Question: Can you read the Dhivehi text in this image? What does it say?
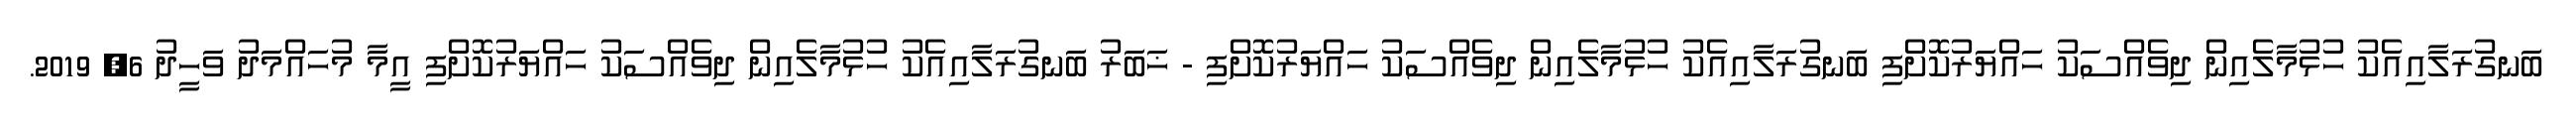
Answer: ބަނގުރަލާއިއެކު ހުޅުމާލެއިން ދިވެއްސަކު ހައްޔަރުކޮށްފި ބަނގުރަލާއިއެކު ހުޅުމާލެއިން ދިވެއްސަކު ހައްޔަރުކޮށްފި - ޚަބަރު ބަނގުރަލާއިއެކު ހުޅުމާލެއިން ދިވެއްސަކު ހައްޔަރުކޮށްފި އީމާ މުހައްމަދު ވަހީދު 6, 2019.